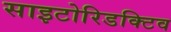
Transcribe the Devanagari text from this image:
साइटोरिडक्टिव